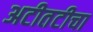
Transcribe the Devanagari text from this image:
अटीतटीचा